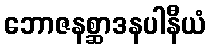
ဘောဇနစ္ဆာဒနပါနီယံ